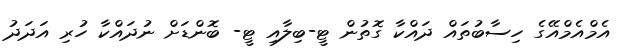
އެމްއެމްއޭގެ ހިސާބުތައް ދައްކާ ގޮތުން ޓީ-ބިލާއި ޓީ- ބޮންޑަށް ނުދައްކާ ހުރި އަދަދު